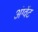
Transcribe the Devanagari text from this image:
अंग्वेंट